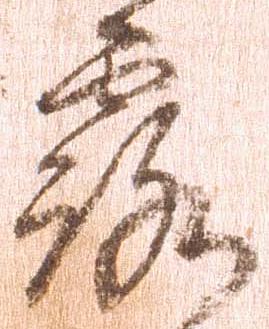
露